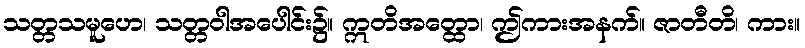
သတ္တသမူဟေ၊ သတ္တဝါအပေါင်း၌။ ဣတိအတ္ထော၊ ဤကားအနက်။ ဇာတီတိ၊ ကား။